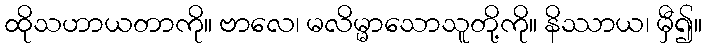
ထိုသဟာယတာကို။ ဗာလေ၊ မလိမ္မာသောသူတို့ကို။ နိဿာယ၊ မှီ၍။